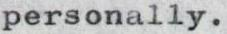
personally.